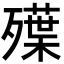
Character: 𣩨